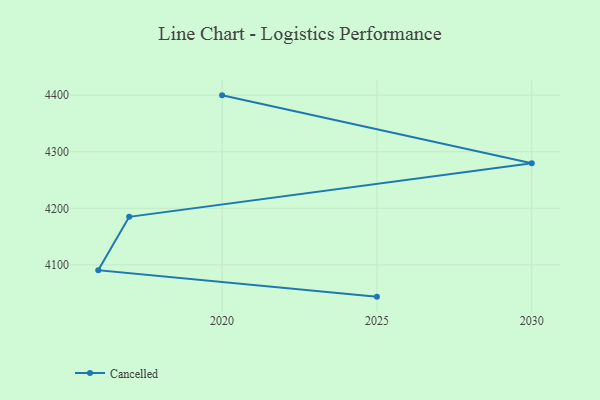
{"axis": {"x": "Year", "y": "Energy Usage (MWh)"}, "legend": ["Cancelled"], "data": [{"x": "2020", "y": 4399.7, "type": "Cancelled"}, {"x": "2030", "y": 4279.5, "type": "Cancelled"}, {"x": "2017", "y": 4184.9, "type": "Cancelled"}, {"x": "2016", "y": 4090.5, "type": "Cancelled"}, {"x": "2025", "y": 4043.8, "type": "Cancelled"}]}